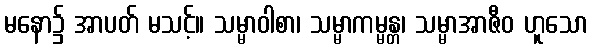
မနော၌ အာပတ် မသင့်။ သမ္မာဝါစာ၊ သမ္မာကမ္မန္တ၊ သမ္မာအာဇီဝ ဟူသော